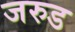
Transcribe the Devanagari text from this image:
जरुड